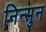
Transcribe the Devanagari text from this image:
निन्सुन